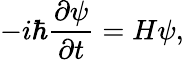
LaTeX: -i\hbar\frac{\partial\psi}{\partial t}=H\psi,